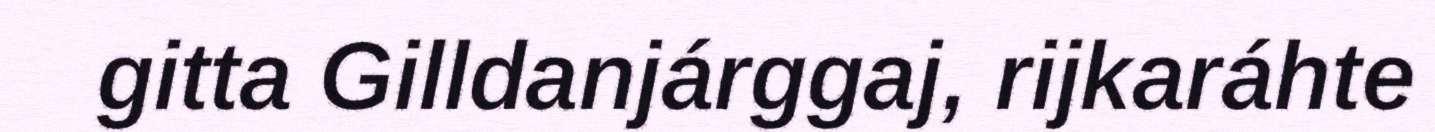
gitta Gilldanjárggaj, rijkaráhte